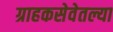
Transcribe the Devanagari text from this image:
ग्राहकसेवेतल्या